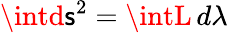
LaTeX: \intd\mathsf{s}^{2}=\intL\, d\lambda